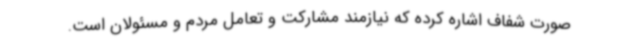
صورت شفاف اشاره کرده که نیازمند مشارکت و تعامل مردم و مسئولان است.